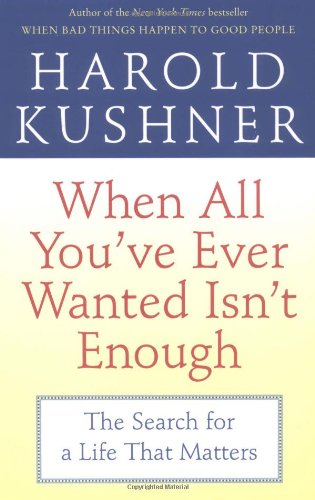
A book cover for When All You've Ever Wanted Isn't Enough: The Search for a Life That Matters; Harold Kushner; Religion & Spirituality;